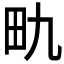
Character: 𪽇